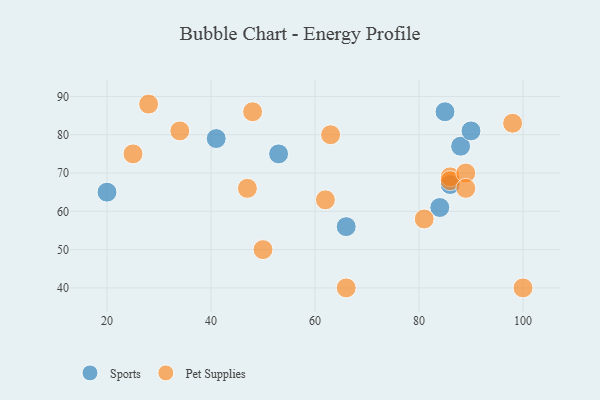
{"axis": {"x": "GDP", "y": "Life Expectancy"}, "legend": ["Pet Supplies", "Sports"], "data": [{"x": "66", "y": 56, "type": "Sports"}, {"x": "20", "y": 65, "type": "Sports"}, {"x": "88", "y": 77, "type": "Sports"}, {"x": "85", "y": 86, "type": "Sports"}, {"x": "90", "y": 81, "type": "Sports"}, {"x": "53", "y": 75, "type": "Sports"}, {"x": "41", "y": 79, "type": "Sports"}, {"x": "84", "y": 61, "type": "Sports"}, {"x": "86", "y": 67, "type": "Sports"}, {"x": "86", "y": 69, "type": "Pet Supplies"}, {"x": "25", "y": 75, "type": "Pet Supplies"}, {"x": "48", "y": 86, "type": "Pet Supplies"}, {"x": "81", "y": 58, "type": "Pet Supplies"}, {"x": "86", "y": 68, "type": "Pet Supplies"}, {"x": "63", "y": 80, "type": "Pet Supplies"}, {"x": "66", "y": 40, "type": "Pet Supplies"}, {"x": "100", "y": 40, "type": "Pet Supplies"}, {"x": "89", "y": 70, "type": "Pet Supplies"}, {"x": "47", "y": 66, "type": "Pet Supplies"}, {"x": "28", "y": 88, "type": "Pet Supplies"}, {"x": "62", "y": 63, "type": "Pet Supplies"}, {"x": "89", "y": 66, "type": "Pet Supplies"}, {"x": "98", "y": 83, "type": "Pet Supplies"}, {"x": "34", "y": 81, "type": "Pet Supplies"}, {"x": "50", "y": 50, "type": "Pet Supplies"}]}